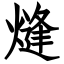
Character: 熢